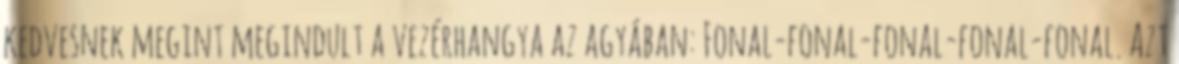
kedvesnek megint megindult a vezérhangya az agyában: Fonal-fonal-fonal-fonal-fonal. Azt